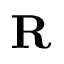
\mathbf { R }